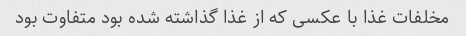
مخلفات غذا با عکسی که از غذا گذاشته شده بود متفاوت بود